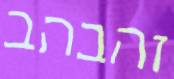
זהבהב